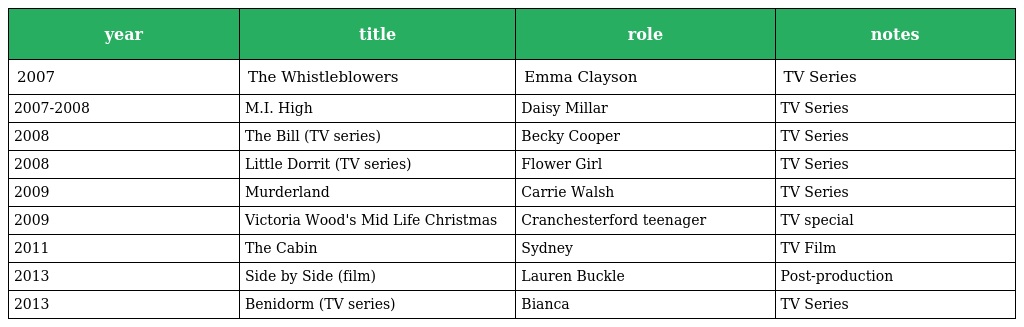
| year | title | role | notes |
 | --- | --- | --- | --- |
 | 2007 | The Whistleblowers | Emma Clayson | TV Series |
 | 2007-2008 | M.I. High | Daisy Millar | TV Series |
 | 2008 | The Bill (TV series) | Becky Cooper | TV Series |
 | 2008 | Little Dorrit (TV series) | Flower Girl | TV Series |
 | 2009 | Murderland | Carrie Walsh | TV Series |
 | 2009 | Victoria Wood's Mid Life Christmas | Cranchesterford teenager | TV special |
 | 2011 | The Cabin | Sydney | TV Film |
 | 2013 | Side by Side (film) | Lauren Buckle | Post-production |
 | 2013 | Benidorm (TV series) | Bianca | TV Series |